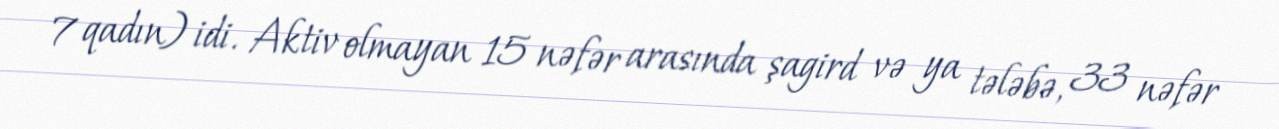
7 qadın) idi. Aktiv olmayan 15 nəfər arasında şagird və ya tələbə, 33 nəfər